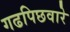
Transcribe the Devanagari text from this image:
गढपिछवारे